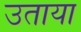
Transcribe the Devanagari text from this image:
उताया